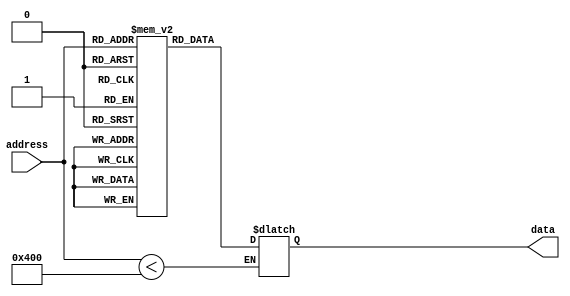
module PROM (
  input wire [9:0] address,
  output reg [7:0] data
);

reg [7:0] memory [0:1023];

initial begin
  // Initialize the PROM memory with desired data
  memory[0] = 8'b00000000;
  memory[1] = 8'b11111111;
  // Add more initializations as needed
  
  // Default data if address is out of range
  data = 8'b11111111;
end

always @* begin
  // Read data from PROM memory based on address
  if (address < 1024) begin
     data = memory[address];
  end
end

endmodule